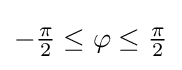
{\textstyle -{\frac {\pi }{2}}\leq \varphi \leq {\frac {\pi }{2}}}